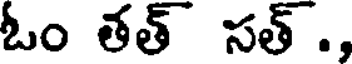
ఓం తత్ సత్ .,